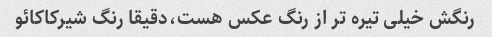
رنگش خیلی تیره تر از رنگ عکس هست،دقیقا رنگ شیرکاکائو